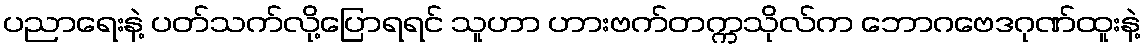
ပညာရေးနဲ့ ပတ်သက်လို့ပြောရရင် သူဟာ ဟားဗက်တက္ကသိုလ်က ဘောဂဗေဒဂုဏ်ထူးနဲ့